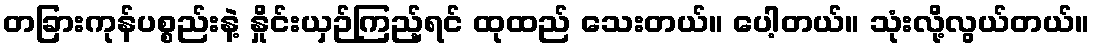
တခြားကုန်ပစ္စည်းနဲ့ နှိုင်းယှဉ်ကြည့်ရင် ထုထည် သေးတယ်။ ပေါ့တယ်။ သုံးလို့လွယ်တယ်။